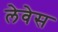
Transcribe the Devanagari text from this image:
लेवेस